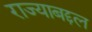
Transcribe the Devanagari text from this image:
राज्याबद्दल